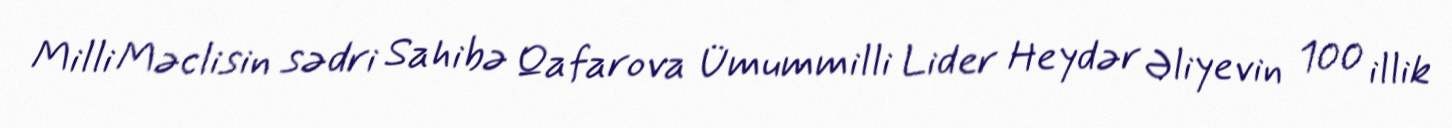
Milli Məclisin sədri Sahibə Qafarova Ümummilli Lider Heydər Əliyevin 100 illik